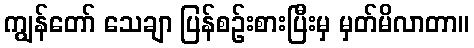
ကျွန်တော် သေချာ ပြန်စဉ်းစားပြီးမှ မှတ်မိလာတာ။